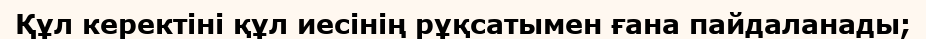
Құл керектіні құл иесінің рұқсатымен ғана пайдаланады;